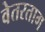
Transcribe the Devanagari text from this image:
वेतरताग